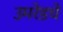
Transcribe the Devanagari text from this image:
उमरेडचे